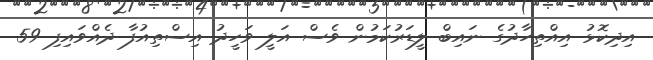
އިދިކޮޅު އިއްތިހާދުގެ ނައިބް ލީޑަރުކަމުން ވެސް އަލީ ވަހީދު އިސްތިއުފާ ދެއްވައިފި 59